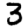
Digit: 3